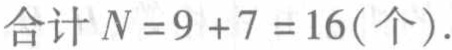
合计 \(N = 9 + 7 = 16(\text{个})\).